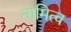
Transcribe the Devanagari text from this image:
नामित्व